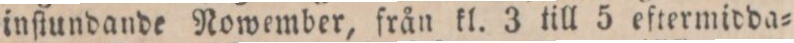
inſtundande Nowember, från kl. 3 till 5 eftermidda=